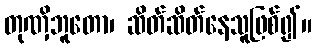
တုဏှိဘူတော၊ ဆိတ်ဆိတ်နေသူဖြစ်၍။